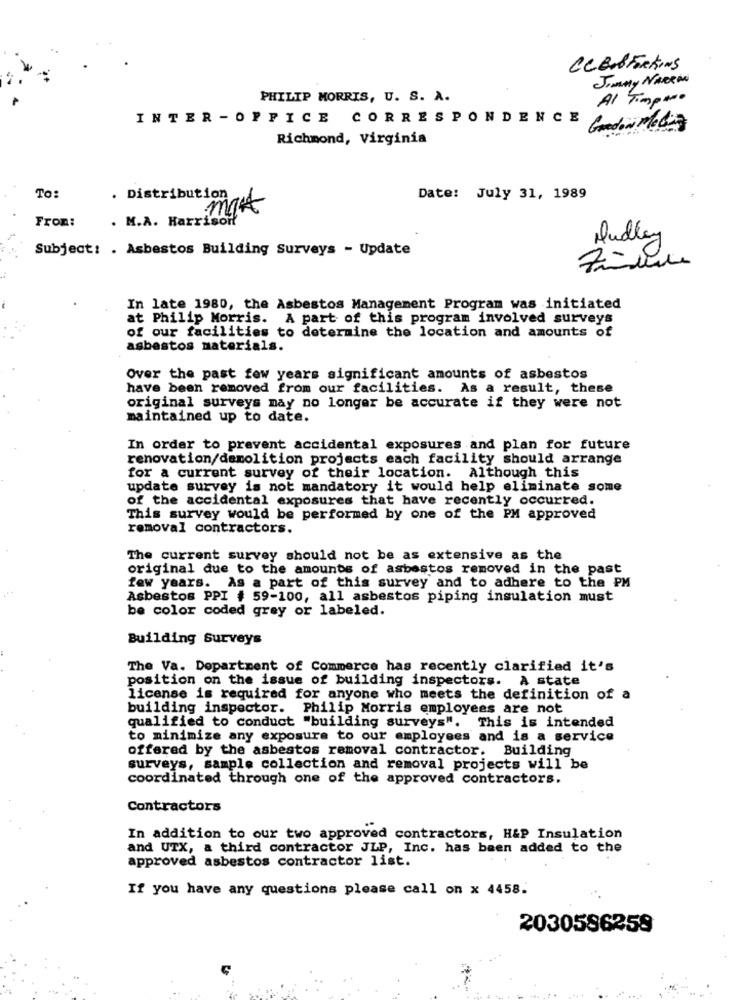
CeBul Frekans
Jimmy Naeen
PHILIP MORRIS, U. S. A.
Al Timpano
INTER -OFFICE CORRESPONDENCE
Gordon Meli
Richmond, Virginia
To:
. Distribution
X
Date: July 31, 1989
From:
. M.A. Harrisoff
Dudley
Subject: . Asbestos Building Surveys - Update
In late 1980, the Asbestos Management Program was initiated
at Philip Morris. A part of this program involved surveys
of our facilities to determine the location and amounts of
asbestos materials.
Over the past few years significant amounts of asbestos
have been removed from our facilities. As a result, these
original surveys may no longer be accurate if they were not
maintained up to date.
In order to prevent accidental exposures and plan for future
renovation/demolition projects each facility should arrange
for a current survey of their location. Although this
update survey is not mandatory it would help eliminate some
of the accidental exposures that have recently occurred.
This survey would be performed by one of the PM approved
removal contractors.
The current survey should not be as extensive as the
original due to the amounts of asbestos removed in the past
few years. As a part of this survey and to adhere to the PM
Asbestos PPI # 59-100, all asbestos piping insulation must
be color coded grey or labeled.
Building Surveys
The Va. Department of Commerce has recently clarified it's
position on the issue of building inspectors. A state
license is required for anyone who meets the definition of a
building inspector. Philip Morris employees are not
qualified to conduct "building surveys". This is intended
to minimize any exposure to our employees and is a service
offered by the asbestos removal contractor. Building
surveys, sample collection and removal projects will be
coordinated through one of the approved contractors.
Contractors
In addition to our two approved contractors, H&P Insulation
and UTX, a third contractor JLP, Inc. has been added to the
approved asbestos contractor list.
If you have any questions please call on x 4458.
2030586259